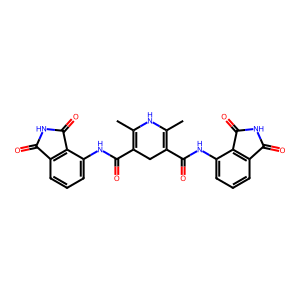
SMILES: CC1=C(C(=O)Nc2cccc3c2C(=O)NC3=O)CC(C(=O)Nc2cccc3c2C(=O)NC3=O)=C(C)N1
Inhibits HIV replication: No